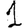
Digit: 1